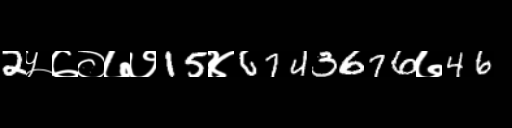
Text: 2५७०७७15४6743676७46